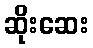
ဆိုးဆေး